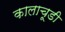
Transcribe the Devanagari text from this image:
कालाचूडी